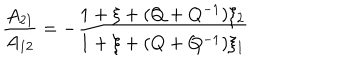
LaTeX: \frac { A _ { 2 1 } } { A _ { 1 2 } } = - \frac { 1 + \xi + ( Q + Q ^ { - 1 } ) \xi _ { 2 } } { 1 + \xi + ( Q + Q ^ { - 1 } ) \xi _ { 1 } }